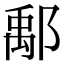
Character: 鄅